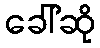
ခေါ်ဆို